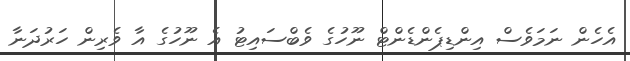
އެހެން ނަމަވެސް އިންޑިޕެންޑެންޓް ނޫހުގެ ވެބްސައިޓު އެ ނޫހުގެ އާ ވެރިން ހަރުދަނާ